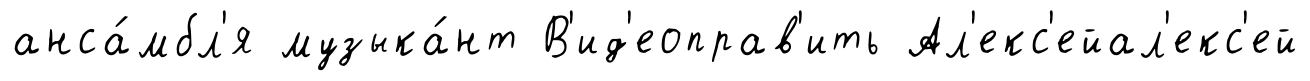
анса́мбл'я музыка́нт В'ид'еоправ'ить Ал'екс'ейал'екс'ей